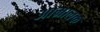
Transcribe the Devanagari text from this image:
आम्रालक